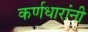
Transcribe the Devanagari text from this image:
कर्णधारांनी